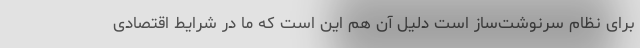
برای نظام سرنوشت‌ساز است دلیل آن هم این است که ما در شرایط اقتصادی